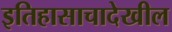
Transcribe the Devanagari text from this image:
इतिहासाचादेखील